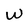
Character: W